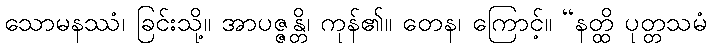
သောမနဿံ၊ ခြင်းသို့။ အာပဇ္ဇန္တိ၊ ကုန်၏။ တေန၊ ကြောင့်။ “နတ္ထိ ပုတ္တသမံ